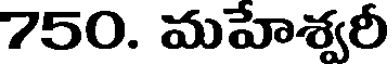
750. మహేశ్వరీ